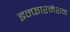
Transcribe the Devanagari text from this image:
इन्फारमेशन